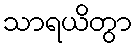
သာရယိတွာ